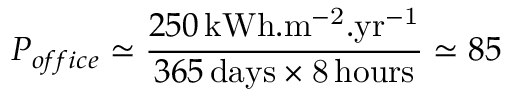
P _ { o f f i c e } \simeq \frac { 2 5 0 \, \mathrm { k W h . m ^ { - 2 } . y r ^ { - 1 } } } { 3 6 5 \mathrm { \, d a y s \times 8 \, h o u r s } } \simeq 8 5